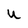
Character: U